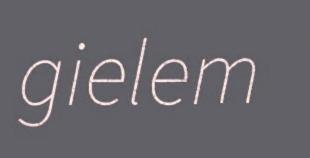
gielem